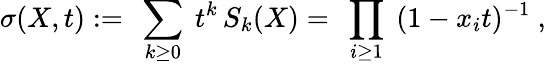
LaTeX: \sigma(X,t):=\ \sum_{k\geq 0}\ t^{k}\, S_{k}(X)=\ \prod_{i\geq 1}\ (1-x_{i}t)^{-1}\ ,